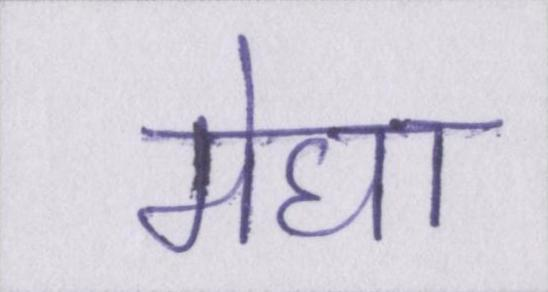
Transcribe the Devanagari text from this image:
मेघा